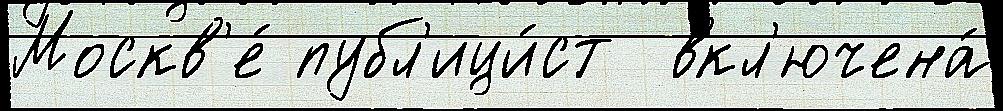
Москв'е́ публ'ици́ст  вкл'ючена́